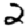
Digit: 2